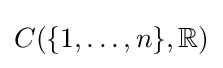
C(\{1,\dots ,n\},\mathbb {R} )